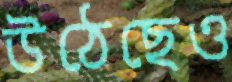
উঠেছেও